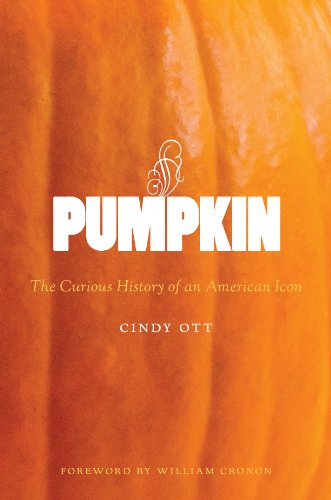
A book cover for Pumpkin: The Curious History of an American Icon (Weyerhaeuser Environmental Books); Cindy Ott; Cookbooks, Food & Wine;